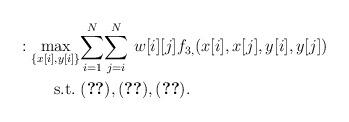
LaTeX: \begin{align*}: \underset{\{x[i],y[i]\}}{\max}&\underset{i=1}{\overset{N}{\sum}} \underset{j=i}{\overset{N}{\sum}}~w[i][j]f_{3,}(x[i],x[j],y[i],y[j])\\\mathrm{s.t.}\;& (\ref{maxV1}), (\ref{maxV2}), (\ref{maxV3}). ~~~~~~~~~~~~~~~~~~~~~~~~\end{align*}